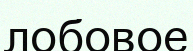
лобовое